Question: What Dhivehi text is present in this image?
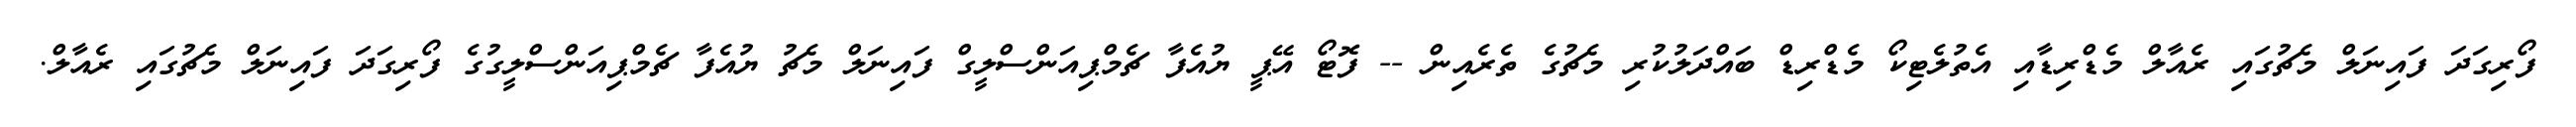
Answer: ފޯރިގަދަ ފައިނަލް މެޗުގައި ރެއާލް މެޑްރިޑާއި އެތުލެޓިކޯ މެޑްރިޑް ބައްދަލުކުރި މެޗުގެ ތެރެއިން -- ފޮޓޯ އޭޕީ ޔުއެފާ ޗެމްޕިއަންސްލީގް ފައިނަލް މެޗު ޔުއެފާ ޗެމްޕިއަންސްލީގުގެ ފޯރިގަދަ ފައިނަލް މެޗުގައި ރެއާލް.